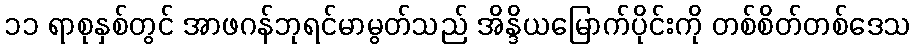
၁၁ ရာစုနှစ်တွင် အာဖဂန်ဘုရင်မာမွတ်သည် အိန္ဒိယမြောက်ပိုင်းကို တစ်စိတ်တစ်ဒေသ